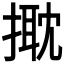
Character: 𢲠